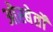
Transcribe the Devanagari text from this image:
ओस्बेर्तों